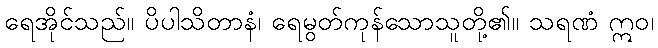
ရေအိုင်သည်။ ပိပါသိတာနံ၊ ရေမွတ်ကုန်သောသူတို့၏။ သရဏံ ဣဝ၊